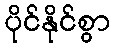
ပိုင်နိုင်စွာ